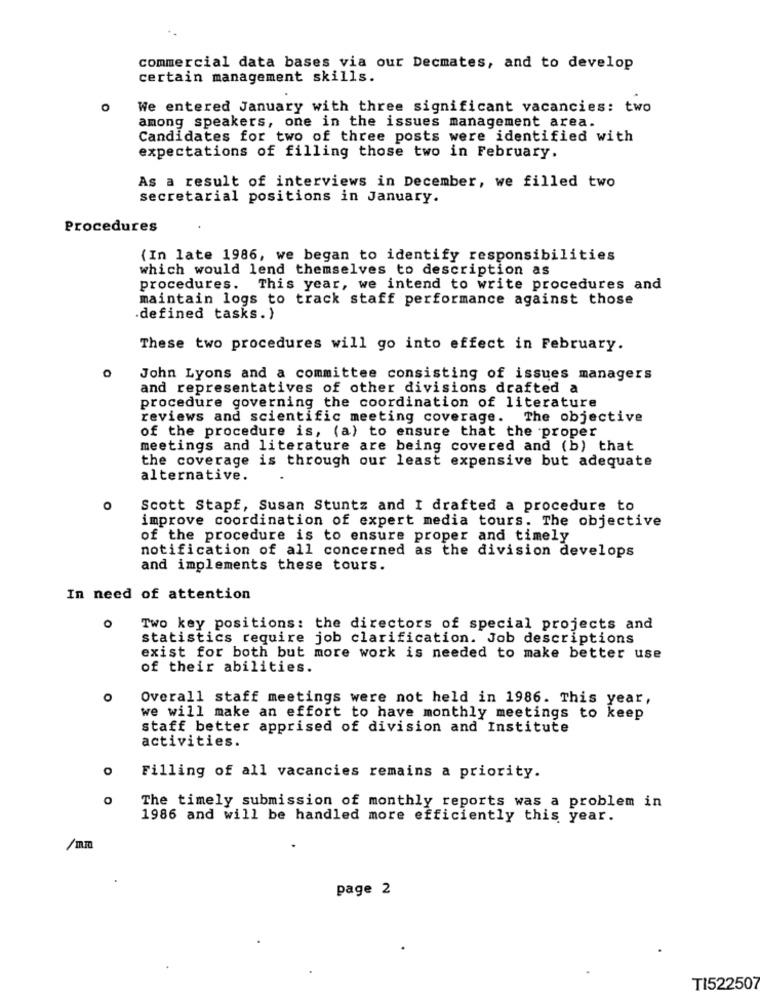
commercial data bases via our Decmates, and to develop
certain management skills.
O
We entered January with three significant vacancies: two
among speakers, one in the issues management area.
Candidates for two of three posts were identified with
expectations of filling those two in February.
As a result of interviews in December, we filled two
secretarial positions in January.
Procedures
(In late 1986, we began to identify responsibilities
which would lend themselves to description as
procedures. This year, we intend to write procedures and
maintain logs to track staff performance against those
.defined tasks. )
These two procedures will go into effect in February.
John Lyons and a committee consisting of issues managers
and representatives of other divisions drafted a
procedure governing the coordination of literature
reviews and scientific meeting coverage. The objective
of the procedure is, (a) to ensure that the proper
meetings and literature are being covered and (b) that
the coverage is through our least expensive but adequate
alternative.
Scott Stapf, Susan Stuntz and I drafted a procedure to
improve coordination of expert media tours. The objective
of the procedure is to ensure proper and timely
notification of all concerned as the division develops
and implements these tours.
In need of attention
O
Two key positions: the directors of special projects and
statistics require job clarification. Job descriptions
exist for both but more work is needed to make better use
of their abilities.
o
Overall staff meetings were not held in 1986. This year,
we will make an effort to have monthly meetings to keep
staff better apprised of division and Institute
activities.
Filling of all vacancies remains a priority.
The timely submission of monthly reports was a problem in
1986 and will be handled more efficiently this year.
page 2
TI52250